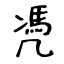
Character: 凴